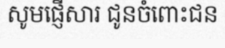
សូមផ្ញើសារ ជូនចំពោះជន